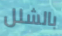
بالشلل